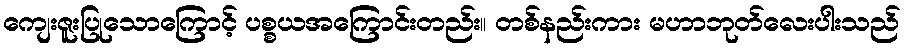
ကျေးဇူးပြုသောကြောင့် ပစ္စယအကြောင်းတည်း။ တစ်နည်းကား မဟာဘုတ်လေးပါးသည်